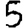
Digit: 5